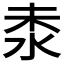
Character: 𣳕